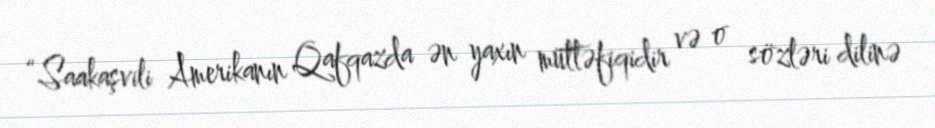
“Saakaşvili Amerikanın Qafqazda ən yaxın müttəfiqidir və o sözləri dilinə